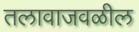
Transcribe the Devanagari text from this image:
तलावाजवळील